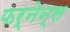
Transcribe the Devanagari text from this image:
फर्नेन्स